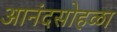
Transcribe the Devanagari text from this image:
आनंदसोहळा